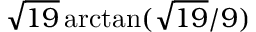
{ \sqrt { 1 9 } } \arctan ( { { \sqrt { 1 9 } } / 9 } )